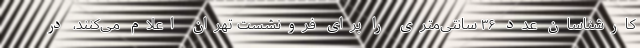
کارشناسان عدد ۳۶ سانتی‌متری را برای فرونشست تهران اعلام می‌کنند، در